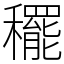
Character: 䆉